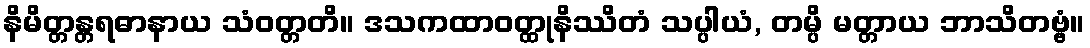
နိမိတ္တန္တရဓာနာယ သံဝတ္တတိ။ ဒသကထာဝတ္ထုနိဿိတံ သပ္ပါယံ, တမ္ပိ မတ္တာယ ဘာသိတဗ္ဗံ။